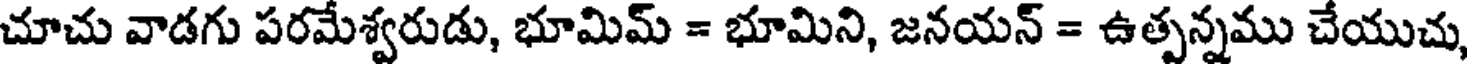
చూచు వాడగు పరమేశ్వరుడు, భూమిమ్ = భూమిని, జనయన్ = ఉత్పన్నము చేయుచు